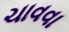
ચાવવા